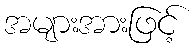
အများအားဖြင့်